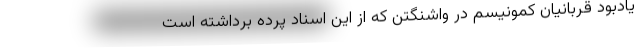
یادبود قربانیان کمونیسم در واشنگتن که از این اسناد پرده برداشته است